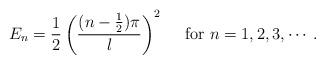
LaTeX: \begin{align*}E_n= \frac{1}{2}\left( \frac{(n-\frac{1}{2})\pi}{l} \right)^2 ~~~~{\rm for} ~n=1,2,3,\cdots.\end{align*}